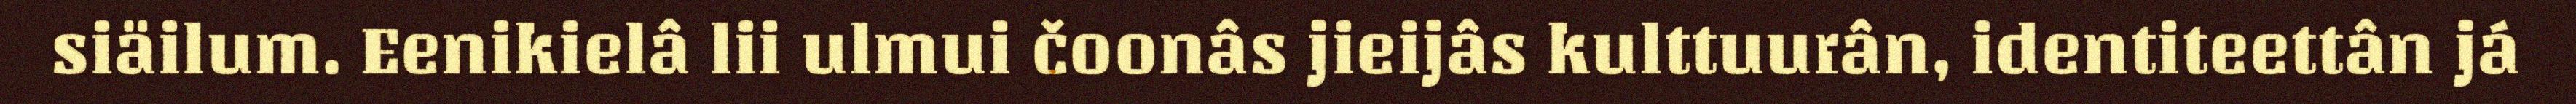
siäilum. Eenikielâ lii ulmui čoonâs jieijâs kulttuurân, identiteettân já